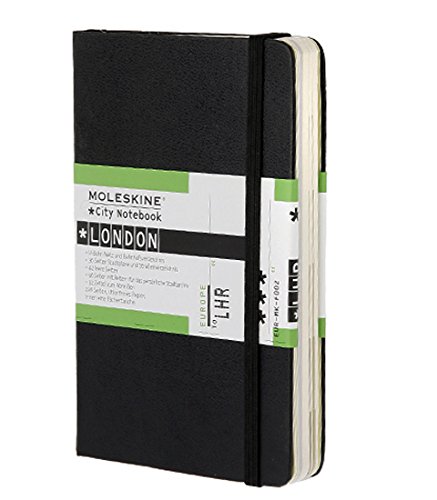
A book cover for Moleskine City Notebook - London, Pocket, Black, Hard Cover (3.5 x 5.5) (City Notebooks); Moleskine; Travel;